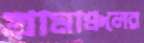
গ্রামাঞ্চলের